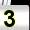
Digit: 3